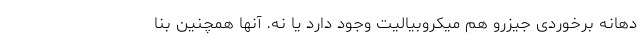
دهانه برخوردی جیزرو هم میکروبیالیت وجود دارد یا نه. آنها همچنین بنا